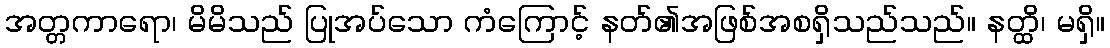
အတ္တကာရော၊ မိမိသည် ပြုအပ်သော ကံကြောင့် နတ်၏အဖြစ်အစရှိသည်သည်။ နတ္ထိ၊ မရှိ။